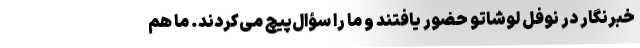
خبرنگار در نوفل لوشاتو حضور یافتند و ما را سؤال‌پیچ می‌کردند. ما هم